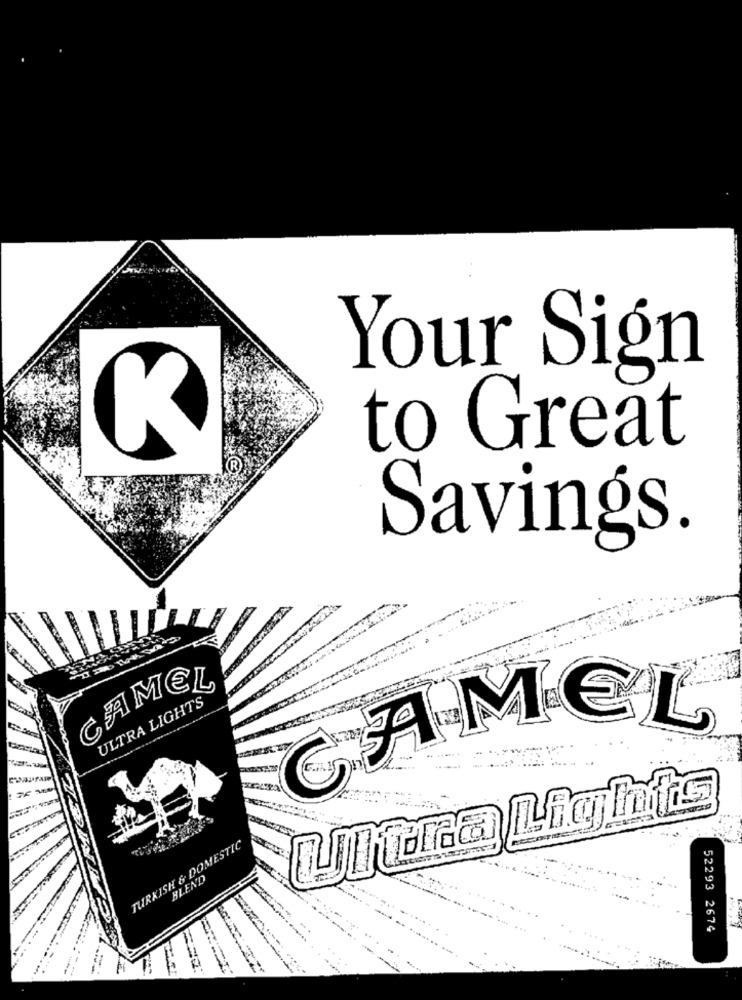
Your Sign
to Great
Savings.
CAMEL
ULTRA LIGHTS
CAMEL
TURKISH & DOMESTIC
BLEND
52293 2674